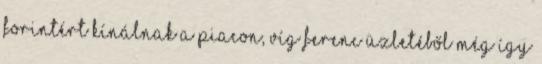
forintért kínálnak a piacon, Víg Ferenc üzletéből még így